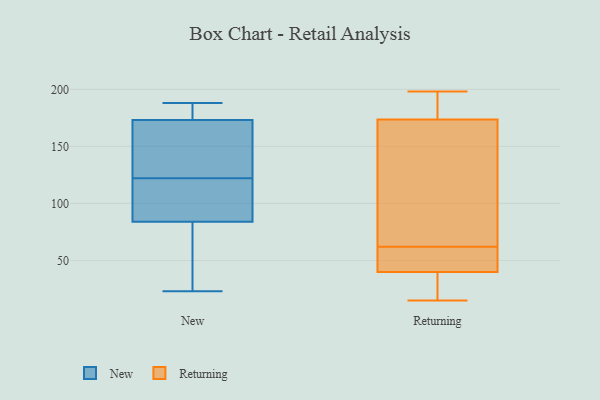
{"axis": {"x": "LTV (USD)", "y": "Value"}, "legend": ["New", "Returning"], "data": [{"x": "", "y": 23, "type": "New"}, {"x": "", "y": 173, "type": "New"}, {"x": "", "y": 174, "type": "New"}, {"x": "", "y": 117, "type": "New"}, {"x": "", "y": 48, "type": "New"}, {"x": "", "y": 114, "type": "New"}, {"x": "", "y": 84, "type": "New"}, {"x": "", "y": 185, "type": "New"}, {"x": "", "y": 78, "type": "New"}, {"x": "", "y": 188, "type": "New"}, {"x": "", "y": 127, "type": "New"}, {"x": "", "y": 153, "type": "New"}, {"x": "", "y": 97, "type": "New"}, {"x": "", "y": 149, "type": "New"}, {"x": "", "y": 16, "type": "Returning"}, {"x": "", "y": 198, "type": "Returning"}, {"x": "", "y": 198, "type": "Returning"}, {"x": "", "y": 22, "type": "Returning"}, {"x": "", "y": 167, "type": "Returning"}, {"x": "", "y": 58, "type": "Returning"}, {"x": "", "y": 19, "type": "Returning"}, {"x": "", "y": 135, "type": "Returning"}, {"x": "", "y": 193, "type": "Returning"}, {"x": "", "y": 15, "type": "Returning"}, {"x": "", "y": 69, "type": "Returning"}, {"x": "", "y": 146, "type": "Returning"}, {"x": "", "y": 48, "type": "Returning"}, {"x": "", "y": 46, "type": "Returning"}, {"x": "", "y": 62, "type": "Returning"}, {"x": "", "y": 47, "type": "Returning"}, {"x": "", "y": 196, "type": "Returning"}]}